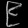
Digit: ၉